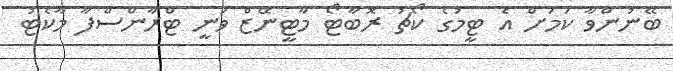
ބޭނުންވާ ކަމަށް އެ ޓީމުގެ ކޯޗު ރޮބާޓޯ މާޓީނޭޒް ވަނީ ޓްރާންސްފާ މާކެޓު